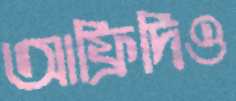
আফ্রিদিও